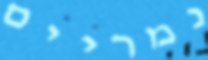
נמריים